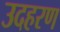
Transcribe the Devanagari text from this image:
उदहरण